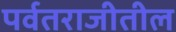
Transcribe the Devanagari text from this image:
पर्वतराजीतील